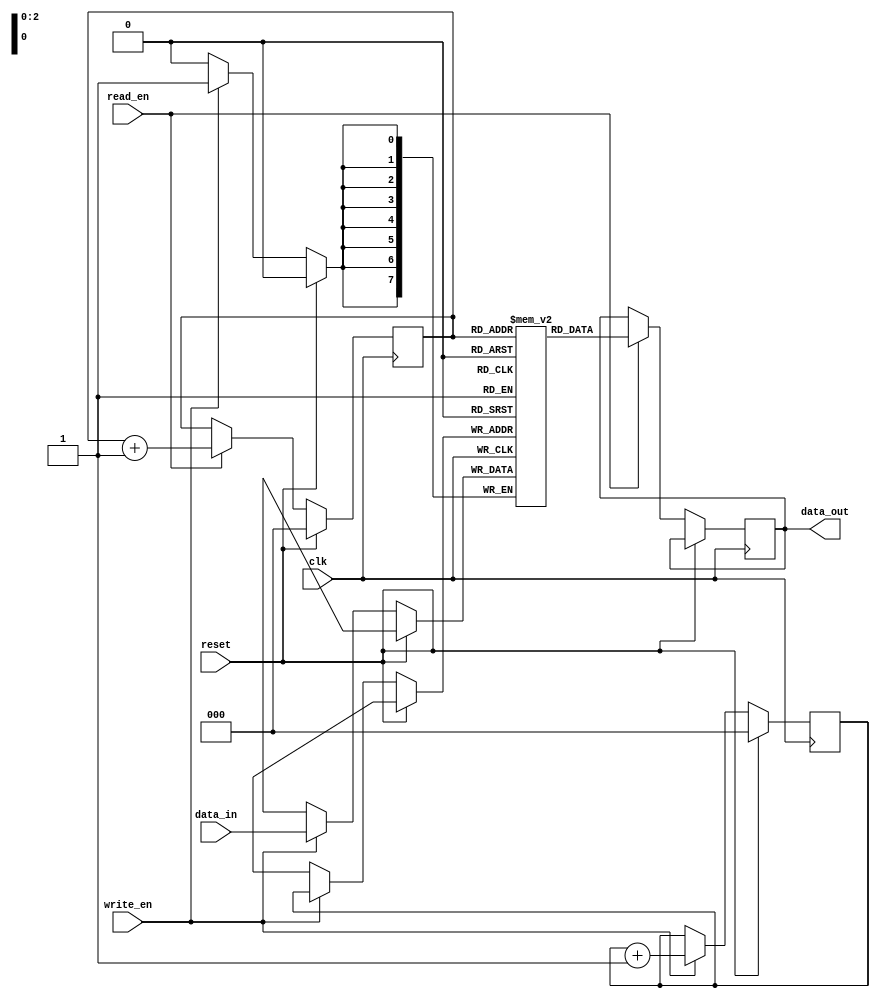
module Circular_FIFO (
  input wire clk,           // Clock input
  input wire reset,         // Reset input
  input wire write_en,      // Write enable input
  input wire read_en,       // Read enable input
  input wire [7:0] data_in, // Data input
  output reg [7:0] data_out // Data output
);

parameter FIFO_DEPTH = 8; // Depth of FIFO buffer
reg [7:0] fifo [0:FIFO_DEPTH-1]; // FIFO buffer array
reg [2:0] rptr, wptr; // Read and write pointers

always @ (posedge clk) begin
  if (reset) begin
    rptr <= 3'b000;
    wptr <= 3'b000;
  end else begin
    if (write_en) begin
      fifo[wptr] <= data_in;
      wptr <= wptr + 1;
    end
    if (read_en) begin
      data_out <= fifo[rptr];
      rptr <= rptr + 1;
    end
  end
end

endmodule